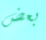
بعض